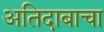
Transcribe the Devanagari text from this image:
अतिदाबाचा